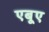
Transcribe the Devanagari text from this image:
एबूए